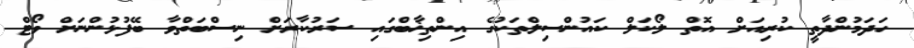
ހަދަމުންދާތީ ކުރިއަށް އޮތް ލޯކަލް ކައުންސިލްތަކުގެ އިންތިޚާބްގައި ސަރުކާރަށް ނިސްބަތްވާ ބޭފުޅުންނަށް ވޯޓް